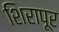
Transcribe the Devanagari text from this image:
शिरापूर